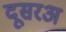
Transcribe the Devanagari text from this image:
दूसरअ